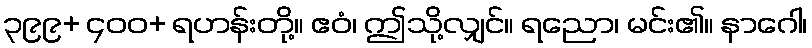
၃၉၉+ ၄၀၀+ ရဟန်းတို့။ ဧဝံ၊ ဤသို့လျှင်။ ရညော၊ မင်း၏။ နာဂေါ၊